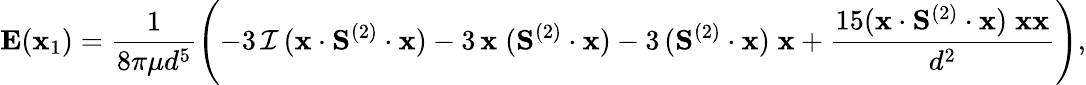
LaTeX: \mathbf{E}(\mathbf{x}_{1})=\frac{1}{8\pi\mu d^{5}}\left(-3\, \mathcal{I}\, (\mathbf{x}\cdot\mathbf{S}^{(2)}\cdot\mathbf{x})-3\, \mathbf{x}\; (\mathbf{S}^{(2)}\cdot\mathbf{x})-3\, (\mathbf{S}^{(2)}\cdot\mathbf{x})\; \mathbf{x}+\frac{15(\mathbf{x}\cdot\mathbf{S}^{(2)}\cdot\mathbf{x})\; \mathbf{x}\mathbf{x}}{d^{2}}\right),